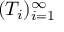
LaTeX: ( T _ { i } ) _ { i = 1 } ^ { \infty }